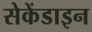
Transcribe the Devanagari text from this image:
सेकेंडाइन